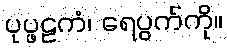
ပုပ္ဖဠကံ၊ ရေပွက်ကို။